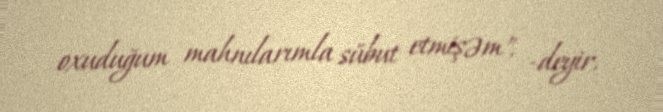
oxuduğum mahnılarımla sübut etmişəm", -deyir.